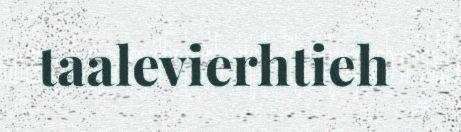
taalevierhtieh